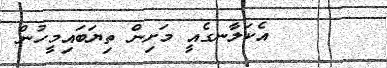
އެކަލާނގެއީ މަށިން ތިޔަބައިމީހުން